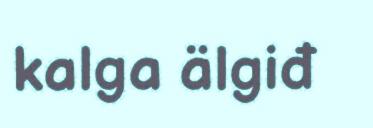
kalga älgiđ